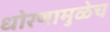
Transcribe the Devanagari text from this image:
धोरणामुळेच